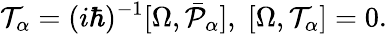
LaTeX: {\cal T}_{\alpha}=(i\hbar)^{-1}[\Omega,\bar{{\cal P}}_{\alpha}],\; [\Omega,{\cal T}_{\alpha}]=0.